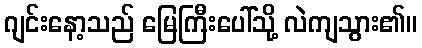
ဂျင်းနော့သည် မြေကြီးပေါ်သို့ လဲကျသွား၏။